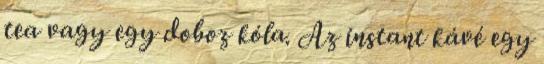
tea vagy egy doboz kóla. Az instant kávé egy